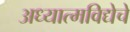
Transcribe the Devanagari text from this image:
अध्यात्मविद्येचे